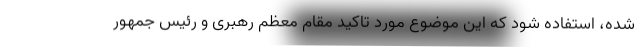
شده، استفاده شود که این موضوع مورد تاکید مقام معظم رهبری و رئیس جمهور